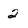
Character: 2